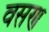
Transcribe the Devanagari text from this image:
वसण